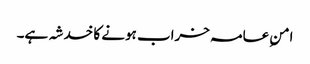
امنِ عامہ خراب ہونے کا خدشہ ہے۔